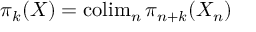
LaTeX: \pi _ { k } ( X ) = \operatorname { c o l i m } _ { n } \pi _ { n + k } ( X _ { n } )